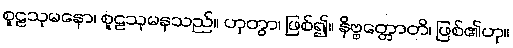
စူဠသုမနော၊ စူဠသုမနသည်။ ဟုတွာ၊ ဖြစ်၍။ နိဗ္ဗတ္တောတိ၊ ဖြစ်၏ဟု။